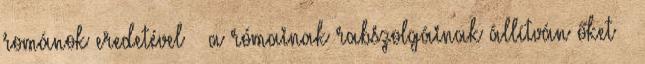
románok eredetével – a rómainak rabszolgáinak állítván őket –